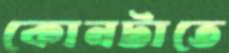
কোনটাতে